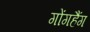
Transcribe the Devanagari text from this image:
गोंगहैंग